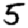
Digit: 5